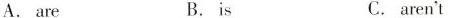
A. are B.is C. aren't